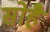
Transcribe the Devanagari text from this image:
सोहै